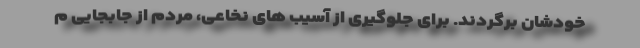
خودشان برگردند. برای جلوگیری از آسیب های نخاعی، مردم از جابجایی م